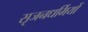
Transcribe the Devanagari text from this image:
सृजनधर्मियों